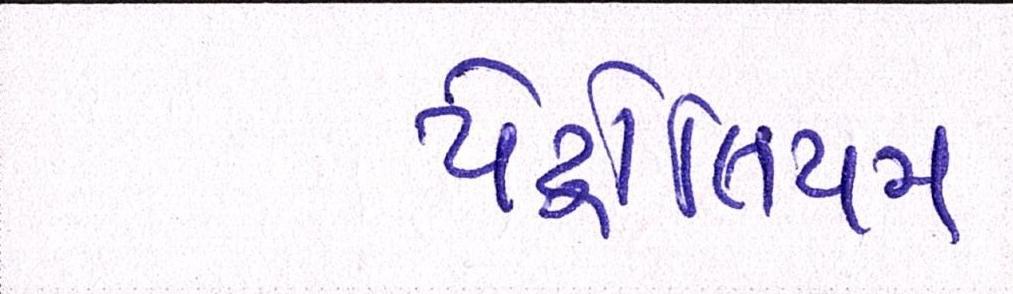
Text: પેટ્રોલિયમ